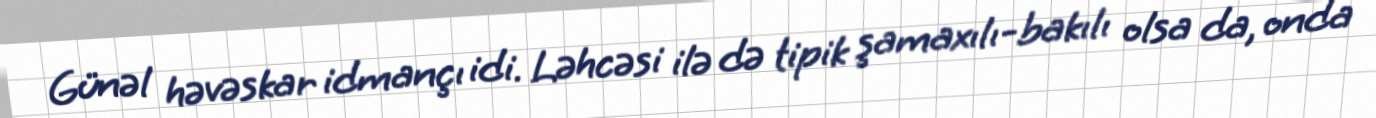
Günəl həvəskar idmançı idi. Ləhcəsi ilə də tipik şamaxılı-bakılı olsa da, onda